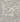
ما